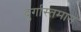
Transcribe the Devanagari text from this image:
दुर्गास्तमान